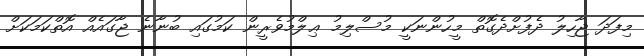
މިފަދަ ޖާހިލު ދެފުށްދެގޮތް މީހުންނަކީ މުސްލިމު ޢިލްމުވެރީން ކަމުގައި ބުނާނެ ޖާގައެއް އޮތްކަމަކަށް